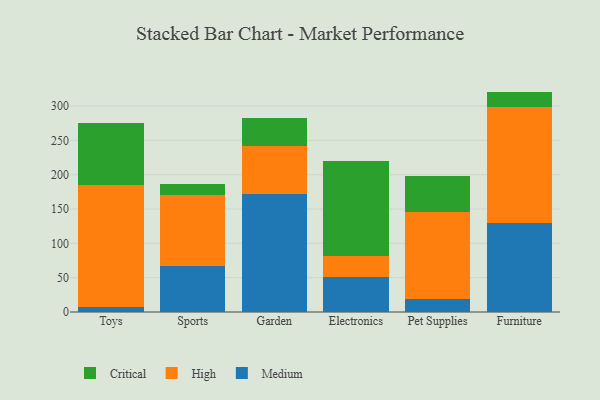
{"axis": {"x": "Category", "y": "Conversion Rate (%)"}, "legend": ["Critical", "High", "Medium"], "data": [{"x": "Toys", "y": 7.7, "type": "Medium"}, {"x": "Toys", "y": 177.7, "type": "High"}, {"x": "Toys", "y": 89.7, "type": "Critical"}, {"x": "Sports", "y": 67.5, "type": "Medium"}, {"x": "Sports", "y": 102.6, "type": "High"}, {"x": "Sports", "y": 16.0, "type": "Critical"}, {"x": "Garden", "y": 171.9, "type": "Medium"}, {"x": "Garden", "y": 70.2, "type": "High"}, {"x": "Garden", "y": 41.1, "type": "Critical"}, {"x": "Electronics", "y": 50.9, "type": "Medium"}, {"x": "Electronics", "y": 31.1, "type": "High"}, {"x": "Electronics", "y": 137.7, "type": "Critical"}, {"x": "Pet Supplies", "y": 19.5, "type": "Medium"}, {"x": "Pet Supplies", "y": 126.6, "type": "High"}, {"x": "Pet Supplies", "y": 51.3, "type": "Critical"}, {"x": "Furniture", "y": 129.0, "type": "Medium"}, {"x": "Furniture", "y": 170.2, "type": "High"}, {"x": "Furniture", "y": 21.8, "type": "Critical"}]}